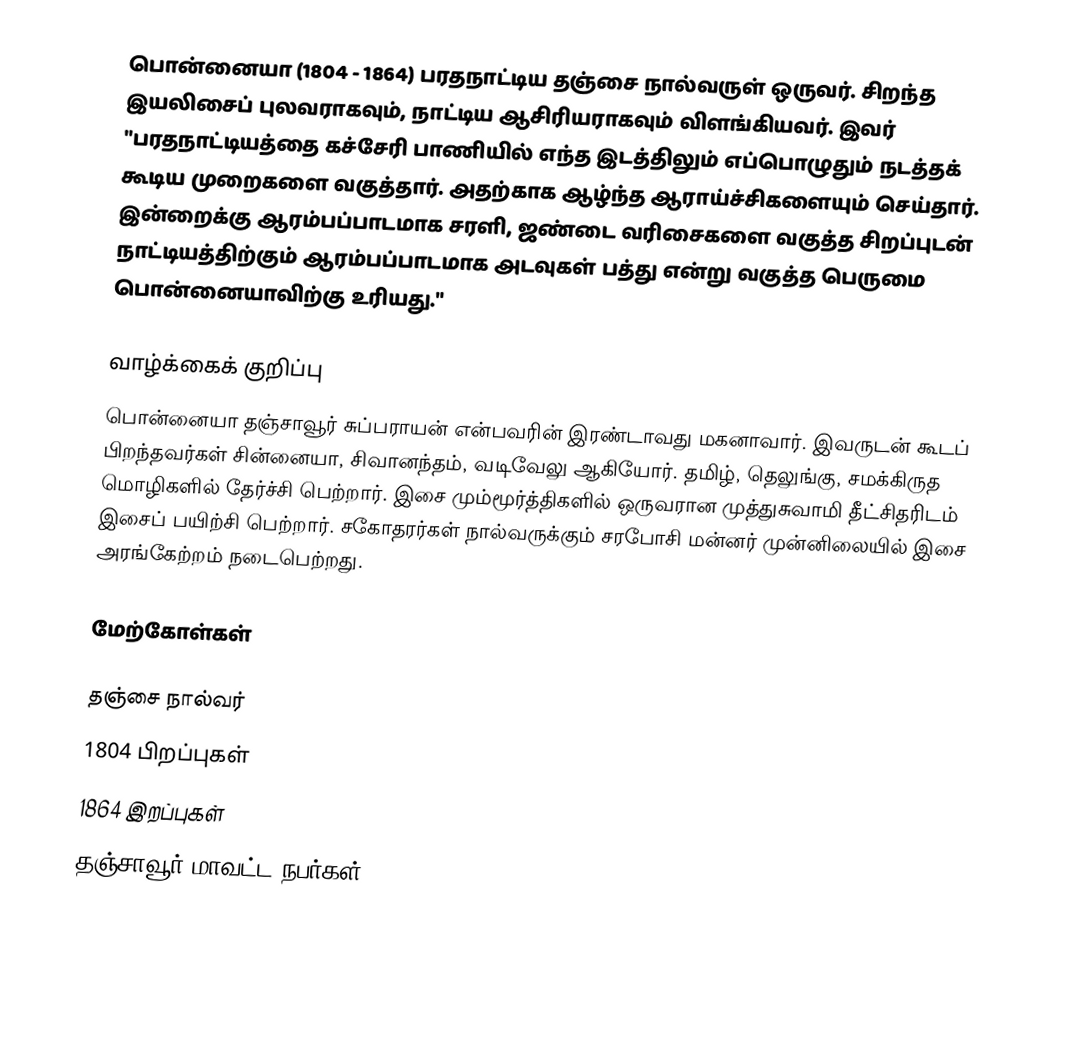
பொன்னையா (1804 - 1864) பரதநாட்டிய தஞ்சை நால்வருள் ஒருவர். சிறந்த இயலிசைப் புலவராகவும், நாட்டிய ஆசிரியராகவும் விளங்கியவர். இவர் "பரதநாட்டியத்தை கச்சேரி பாணியில் எந்த இடத்திலும் எப்பொழுதும் நடத்தக் கூடிய முறைகளை வகுத்தார். அதற்காக ஆழ்ந்த ஆராய்ச்சிகளையும் செய்தார். இன்றைக்கு ஆரம்பப்பாடமாக சரளி, ஜண்டை வரிசைகளை வகுத்த சிறப்புடன் நாட்டியத்திற்கும் ஆரம்பப்பாடமாக அடவுகள் பத்து என்று வகுத்த பெருமை பொன்னையாவிற்கு உரியது."

வாழ்க்கைக் குறிப்பு
பொன்னையா தஞ்சாவூர் சுப்பராயன் என்பவரின் இரண்டாவது மகனாவார். இவருடன் கூடப் பிறந்தவர்கள் சின்னையா, சிவானந்தம், வடிவேலு ஆகியோர். தமிழ், தெலுங்கு, சமக்கிருத மொழிகளில் தேர்ச்சி பெற்றார். இசை மும்மூர்த்திகளில் ஒருவரான முத்துசுவாமி தீட்சிதரிடம் இசைப் பயிற்சி பெற்றார். சகோதரர்கள் நால்வருக்கும் சரபோசி மன்னர் முன்னிலையில் இசை அரங்கேற்றம் நடைபெற்றது.

மேற்கோள்கள்

தஞ்சை நால்வர்
1804 பிறப்புகள்
1864 இறப்புகள்
தஞ்சாவூர் மாவட்ட நபர்கள்